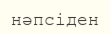
нәпсіден